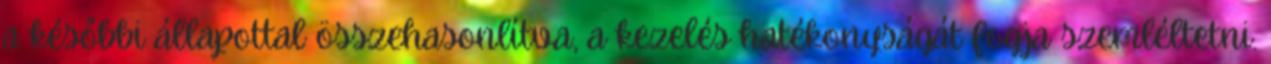
a későbbi állapottal összehasonlítva, a kezelés hatékonyságát fogja szemléltetni.